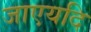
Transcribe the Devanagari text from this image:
जाएयदि